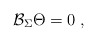
\begin{align*}\mathcal{B}_\Sigma \Theta =0\;, \end{align*}